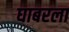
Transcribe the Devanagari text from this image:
घाबरला